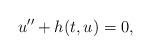
LaTeX: \begin{align*}u'' + h(t,u) = 0,\end{align*}